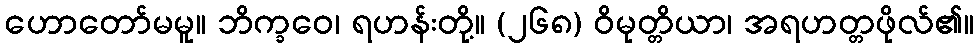
ဟောတော်မမူ။ ဘိက္ခဝေ၊ ရဟန်းတို့။ (၂၆၈) ဝိမုတ္တိယာ၊ အရဟတ္တဖိုလ်၏။